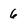
Character: 6